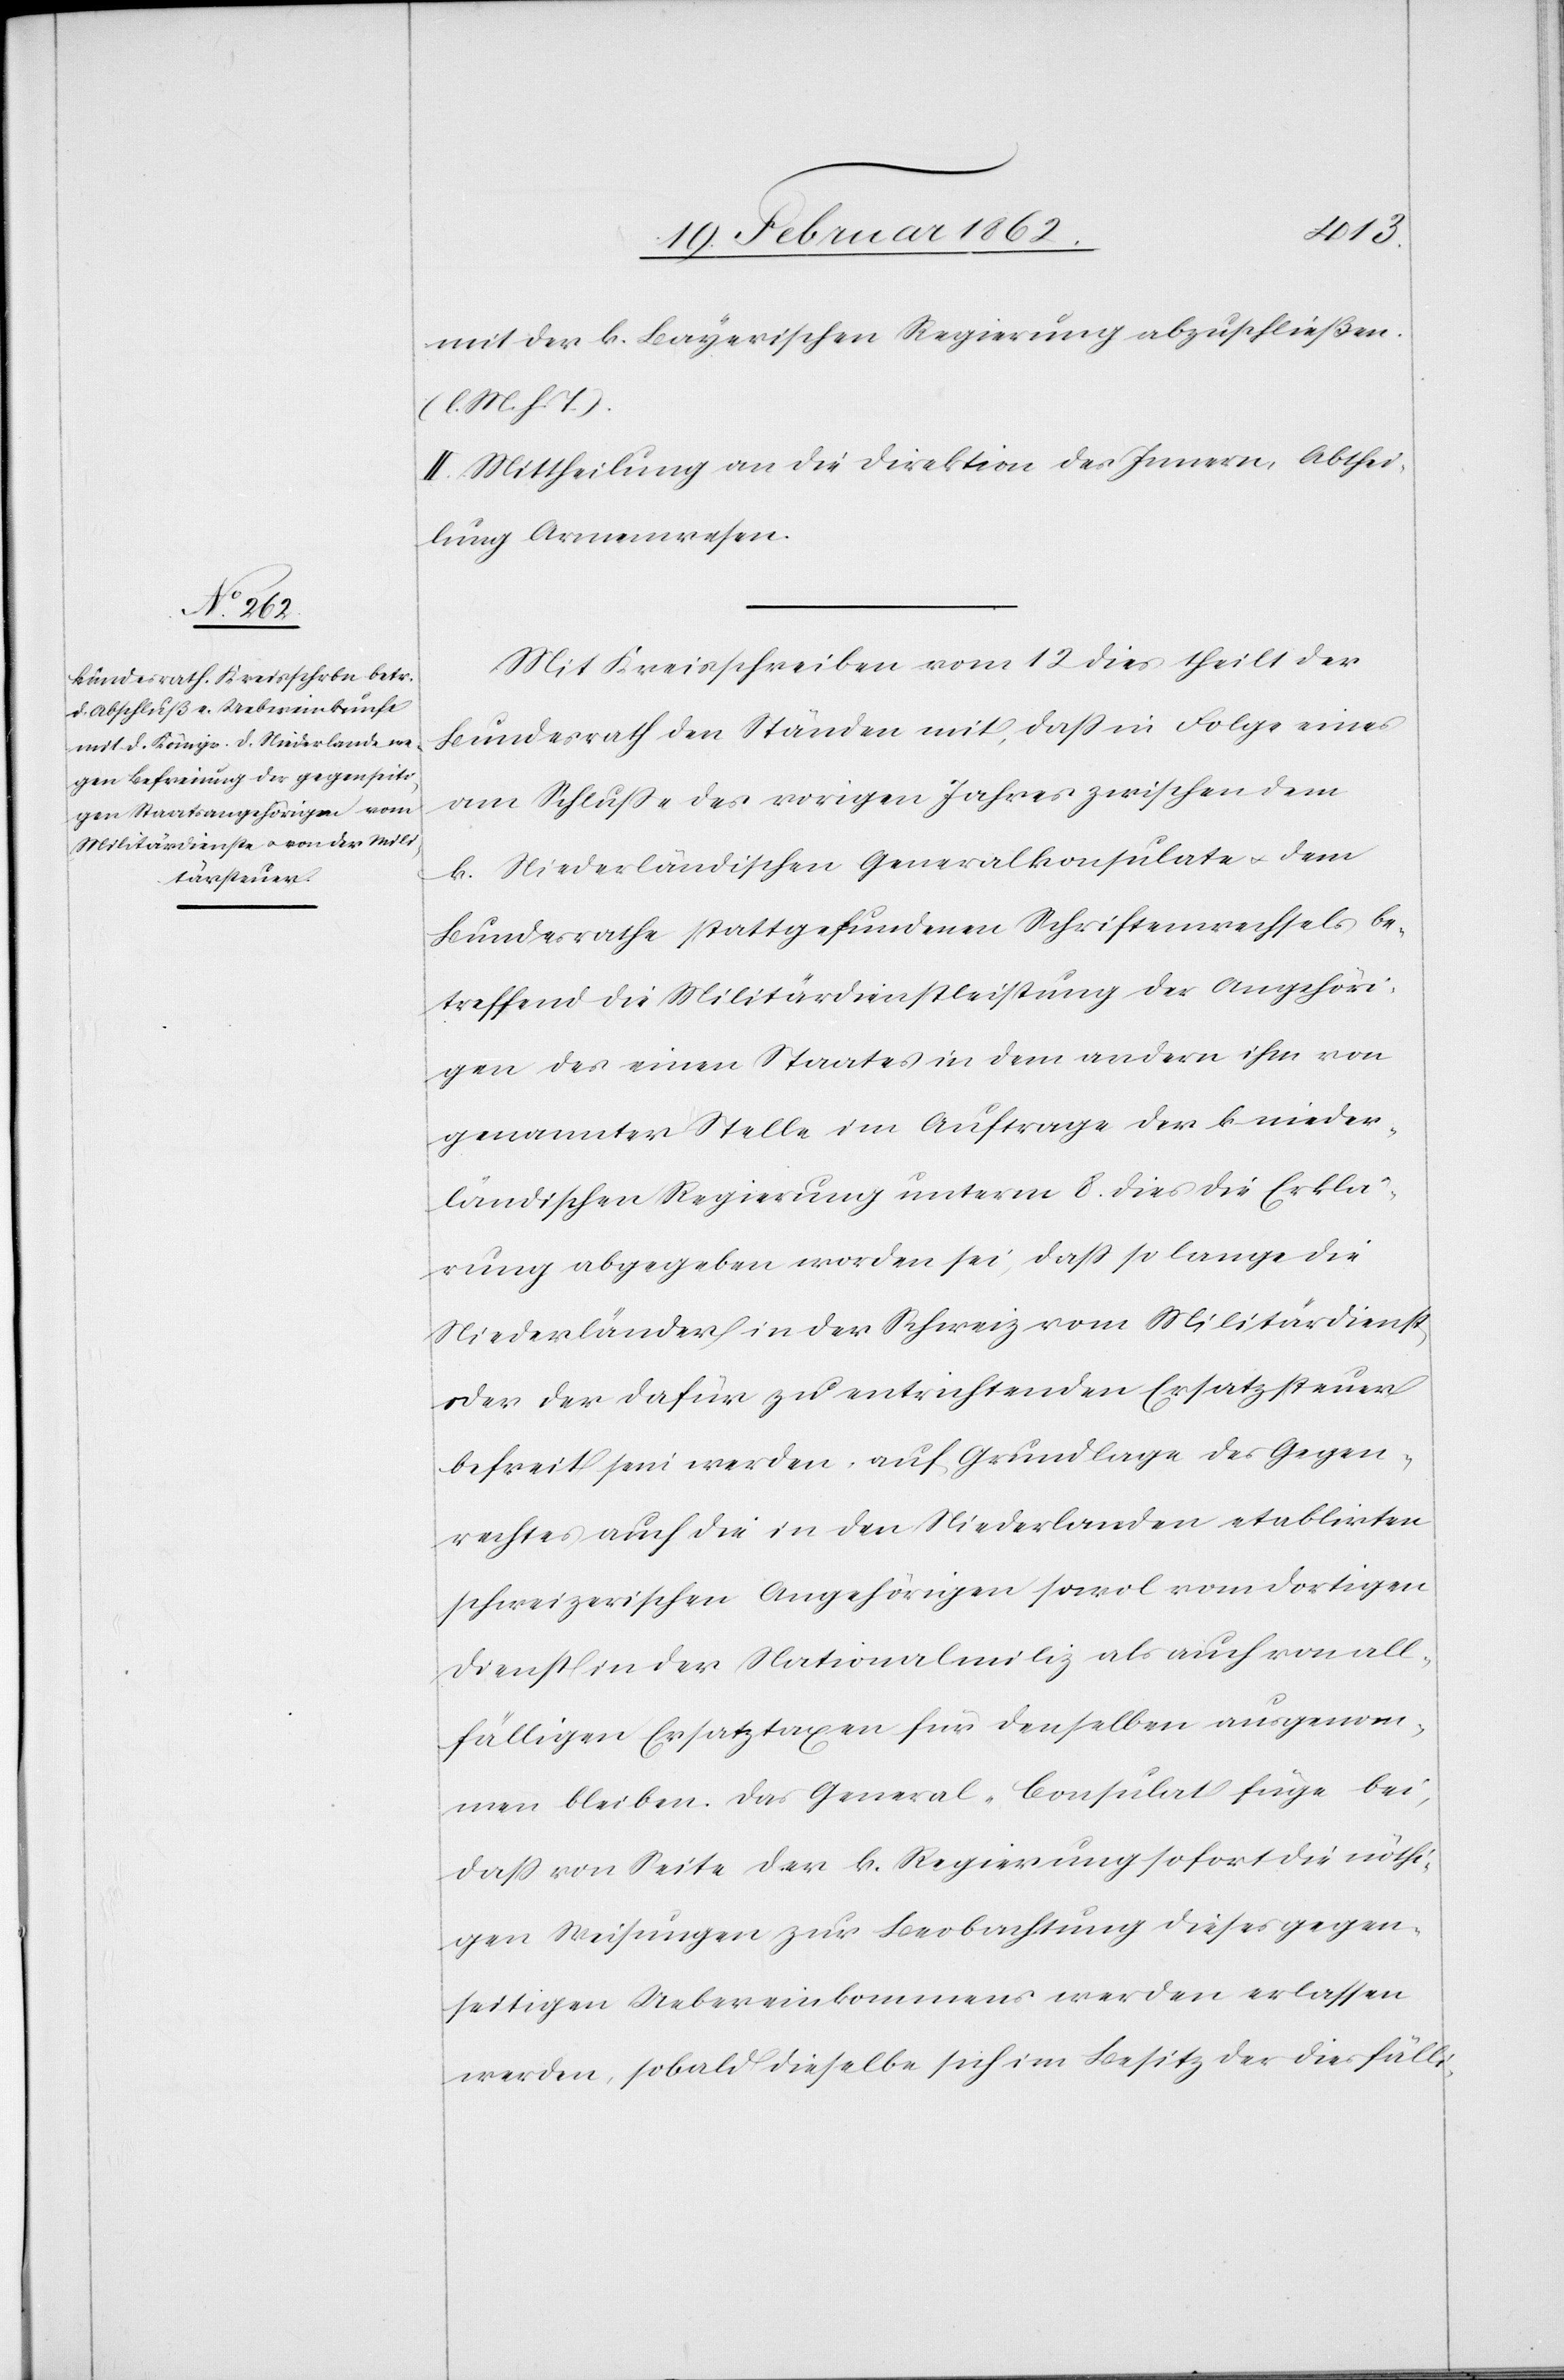
mit der k. Bayerischen Regierung abzuschließen.
(l. M. h. T.).
II. Mittheilung an die Direktion des Innern, Abthei¬
lung Armenwesen.
Mit Kreisschreiben vom 12 dies theilt der
Bundesrath den Ständen mit, daß in Folge eines
am Schluße des vorigen Jahres zwischen dem
k. Niederländischen Generalkonsulate u. dem
Bundesrathe stattgefundenen Schriftenwechsels be¬
treffend die Militärdienstleistung der Angehöri¬
gen des einen Staates in dem andern ihm von
genannter Stelle im Auftrage der k nieder¬
ländischen Regierung unterm 8. dies die Erklä¬
rung abgegeben worden sei, daß so lange die
Niederländer in der Schweiz vom Militärdienst
oder der dafür zu entrichtenden Ersatzsteuer
befreit sein werden, auf Grundlage des Gegen¬
rechtes auch die in den Niederlanden etablirten
schweizerischen Angehörigen sowol vom dortigen
Dienst in der Nationalmiliz als auch von all¬
fälligen Ersatztaxen für denselben ausgenom¬
men bleiben. Das General-Consulat füge bei,
daß von Seite der k. Regierung sofort die nöthi¬
gen Weisungen zur Beobachtung dieses gegen¬
seitigen Uebereinkommens werden erlassen
werden, sobald dieselbe sich im Besitz der diesfälli-